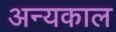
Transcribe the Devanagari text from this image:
अन्यकाल